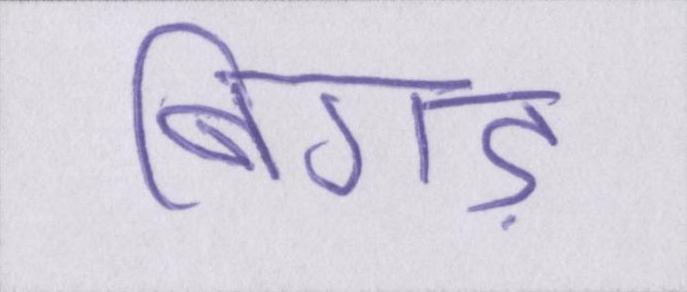
बिगड़